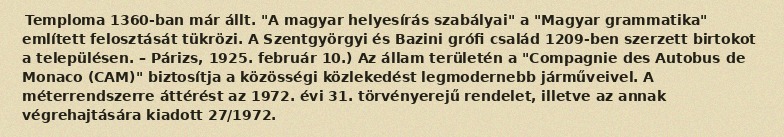
Temploma 1360-ban már állt. "A magyar helyesírás szabályai" a "Magyar grammatika" említett felosztását tükrözi. A Szentgyörgyi és Bazini grófi család 1209-ben szerzett birtokot a településen. – Párizs, 1925. február 10.) Az állam területén a "Compagnie des Autobus de Monaco (CAM)" biztosítja a közösségi közlekedést legmodernebb járműveivel. A méterrendszerre áttérést az 1972. évi 31. törvényerejű rendelet, illetve az annak végrehajtására kiadott 27/1972.